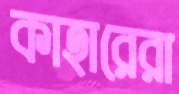
কাহারেরা